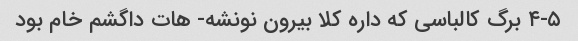
۴-۵ برگ کالباسی که داره کلا بیرون نونشه- هات داگشم خام بود